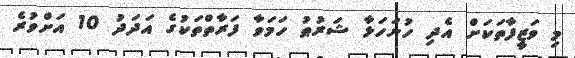
މި ވަޒީފާތަކަށް އެދި ހުށަހަޅާ ޝަރުޠު ހަމަވާ ފަރާތްތަކުގެ އަދަދު 10 އަށްވުރެ